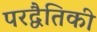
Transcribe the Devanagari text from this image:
परद्वैतिकी